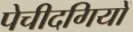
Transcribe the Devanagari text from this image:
पेचीदगियों